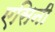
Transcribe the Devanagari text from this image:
एसिनी